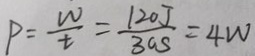
p = \frac { w } { t } = \frac { 1 2 0 J } { 3 0 s } = 4 w